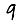
Digit: 9